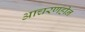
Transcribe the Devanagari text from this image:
आचरणहीन